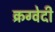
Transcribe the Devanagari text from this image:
क्रग्वेदी